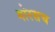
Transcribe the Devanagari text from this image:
गोरसच